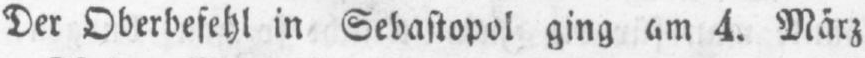
Der Oberbefehl in Sebastopol ging am 4. März